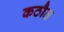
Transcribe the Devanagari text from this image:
कठौत